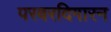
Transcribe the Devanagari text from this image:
परवरदिगारन